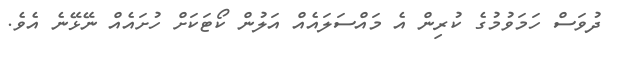
ދުވަސް ހަމަވުމުގެ ކުރިން އެ މައްސަލައެއް އަލުން ކޯޓަކަށް ހުށައެއް ނޭޅޭނެ އެވެ.